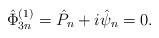
LaTeX: \begin{align*}\hat{\Phi}^{(1)}_{3n}= \hat{P}_n + i \hat{\psi}_n =0 .\end{align*}